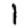
Digit: 1